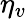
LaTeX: \eta_{v}